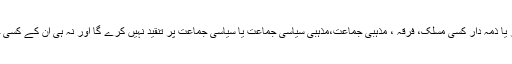
”تحریک دعوتِ فقر”یا اس کا کوئی عہدیدار یا ذمہ دار کسی مسلک، فرقہ ، مذہبی جماعت،مذہبی سیاسی جماعت یا سیاسی جماعت پر تنقید نہیں کرے گا اور نہ ہی ان کے کسی جلسے، جلوس اور اجلاس میں شریک ہوگا۔